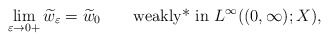
\begin{align*}\displaystyle\lim_{\varepsilon \to 0+}\widetilde w_\varepsilon = \widetilde w_0 \qquad\hbox{\rm weakly* in }L^\infty((0,\infty);X),\end{align*}